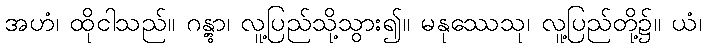
အဟံ၊ ထိုငါသည်။ ဂန္တွာ၊ လူ့ပြည်သို့သွား၍။ မနုဿေသု၊ လူ့ပြည်တို့၌။ ယံ၊